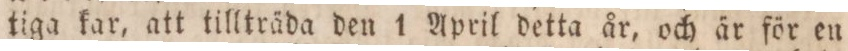
tiga kar, att tillträda den 1 April detta år, och är för en